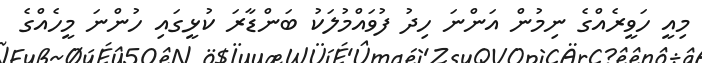
މިއީ ހަވީރެއްގެ ނިމުން އަންނަ ހިދު ފުވައްމުލަކު ބަންޑާރަ ކުޅީގައި ހުންނަ މީހެއްގެ